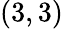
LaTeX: \left(3,3\right)